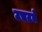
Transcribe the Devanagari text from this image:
उचटने